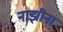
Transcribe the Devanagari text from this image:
नाझीना